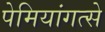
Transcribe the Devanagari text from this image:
पेमियांगत्से